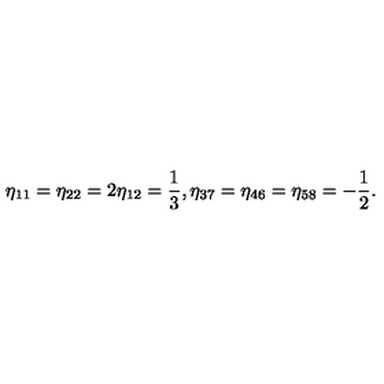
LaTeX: \eta _ { 1 1 } = \eta _ { 2 2 } = 2 \eta _ { 1 2 } = \frac { 1 } { 3 } , \eta _ { 3 7 } = \eta _ { 4 6 } = \eta _ { 5 8 } = - \frac { 1 } { 2 } .